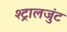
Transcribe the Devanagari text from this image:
श्ट्रालजुंट